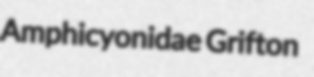
Amphicyonidae Grifton